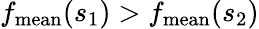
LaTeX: f_{\mathrm{mean}}(s_{1})>f_{\mathrm{mean}}(s_{2})